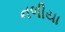
નળીયા